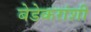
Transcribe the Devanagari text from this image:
बेडेकरांशी